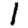
Digit: 1